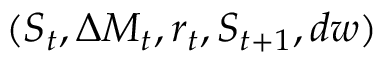
( S _ { t } , \Delta M _ { t } , r _ { t } , S _ { t + 1 } , d w )